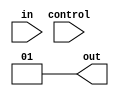
module SPAL (
    input  wire [3:0] in,       // 4 input signals
    input  wire [3:0] control,   // Control signals for programming AND gates
    output wire [1:0] out        // 2 outputs from the OR array
);

// Internal wires for the product terms
wire pterm0, pterm1;

// Programmable AND Array
assign pterm0 = (control[0] ? in[0] : 1'b1) &  // AND gate 0: includes in[0] if control[0] is set
                 (control[1] ? in[1] : 1'b1) &  // AND gate 0: includes in[1] if control[1] is set
                 (control[2] ? in[2] : 1'b1) &  // AND gate 0: includes in[2] if control[2] is set
                 (control[3] ? in[3] : 1'b1);    // AND gate 0: includes in[3] if control[3] is set

assign pterm1 = (control[4] ? in[0] : 1'b1) &  // AND gate 1: includes in[0] if control[4] is set
                 (control[5] ? in[1] : 1'b1) &  // AND gate 1: includes in[1] if control[5] is set
                 (control[6] ? in[2] : 1'b1) &  // AND gate 1: includes in[2] if control[6] is set
                 (control[7] ? in[3] : 1'b1);    // AND gate 1: includes in[3] if control[7] is set

// Fixed OR Array
assign out[0] = pterm0 | pterm1; // OR gate 0
assign out[1] = 1'b0;            // No additional product terms for output 1 in this example

endmodule